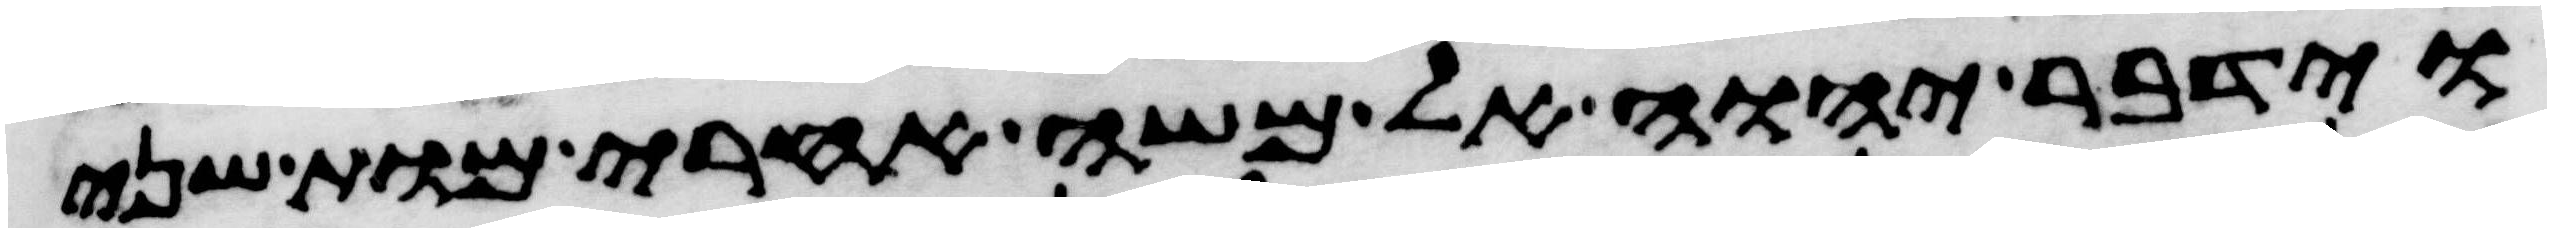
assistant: וידבר יהוה אל משה אחרי מות שני